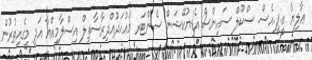
ޢާލިޔާ އީ.ޕީ.އެސް. ސްކޫލް ސައިންސް އެޑިޔުކޭޝަން ސެންޓަރ މަޢުހަދުއްދިރާސާތިލް އިސްލާމިއްޔާ އަދި މީގެއިތުރުން